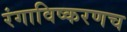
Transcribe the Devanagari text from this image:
रंगाविष्करणच